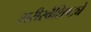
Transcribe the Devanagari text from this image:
शरीरवैशिष्ट्ये